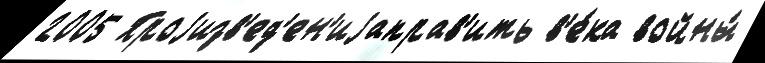
2005 Проjизв'ед'ен'иjаправ'ить в'е́ка войны́